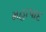
મહાપાદ